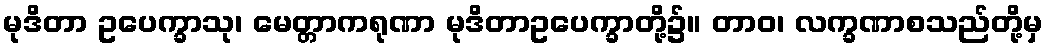
မုဒိတာ ဥပေက္ခာသု၊ မေတ္တာကရုဏာ မုဒိတာဥပေက္ခာတို့၌။ တာဝ၊ လက္ခဏာစသည်တို့မှ